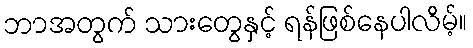
ဘာအတွက် သားတွေနှင့် ရန်ဖြစ်နေပါလိမ့်။